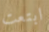
ابتعت